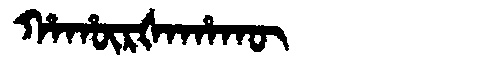
Manchu: ᡥᠠᡥᡡᡵᡧᠠᡥᠠᡴᡡ
Romanization: HAHŪRŠAHAKŪ